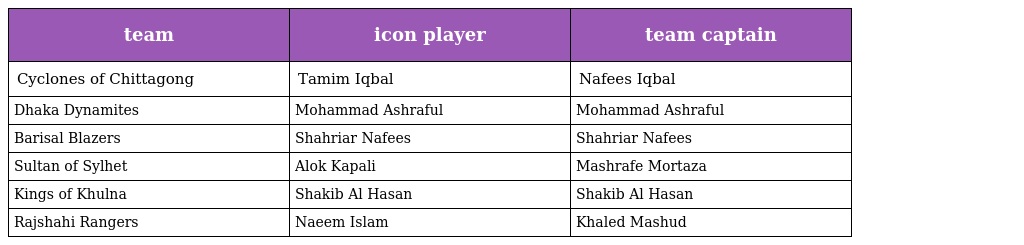
| team | icon player | team captain |
 | --- | --- | --- |
 | Cyclones of Chittagong | Tamim Iqbal | Nafees Iqbal |
 | Dhaka Dynamites | Mohammad Ashraful | Mohammad Ashraful |
 | Barisal Blazers | Shahriar Nafees | Shahriar Nafees |
 | Sultan of Sylhet | Alok Kapali | Mashrafe Mortaza |
 | Kings of Khulna | Shakib Al Hasan | Shakib Al Hasan |
 | Rajshahi Rangers | Naeem Islam | Khaled Mashud |